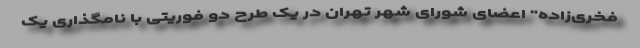
فخری‌زاده" اعضای شورای شهر تهران در یک طرح دو فوریتی با نامگذاری یک